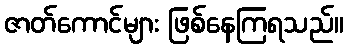
ဇာတ်ကောင်များ ဖြစ်နေကြရသည်။